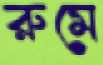
রুমে